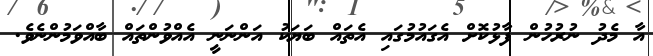
އާ މެދު ނުރުހުން ފާޅުކޮށް އެގައުމުގައި އެތައް ބަޔަކު އަންނަނީ އެއްވުންތައް ބާއްވަމުންނެވެ.